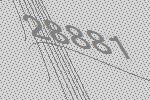
28881